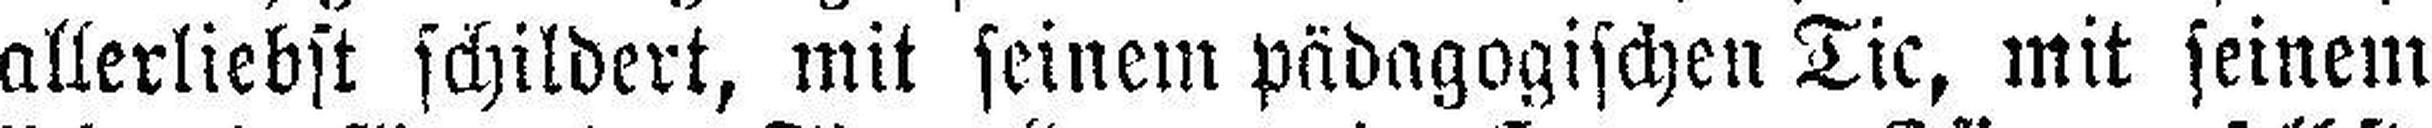
allerliebst schildert, mit seinem pädagogischen Tic, mit seinem